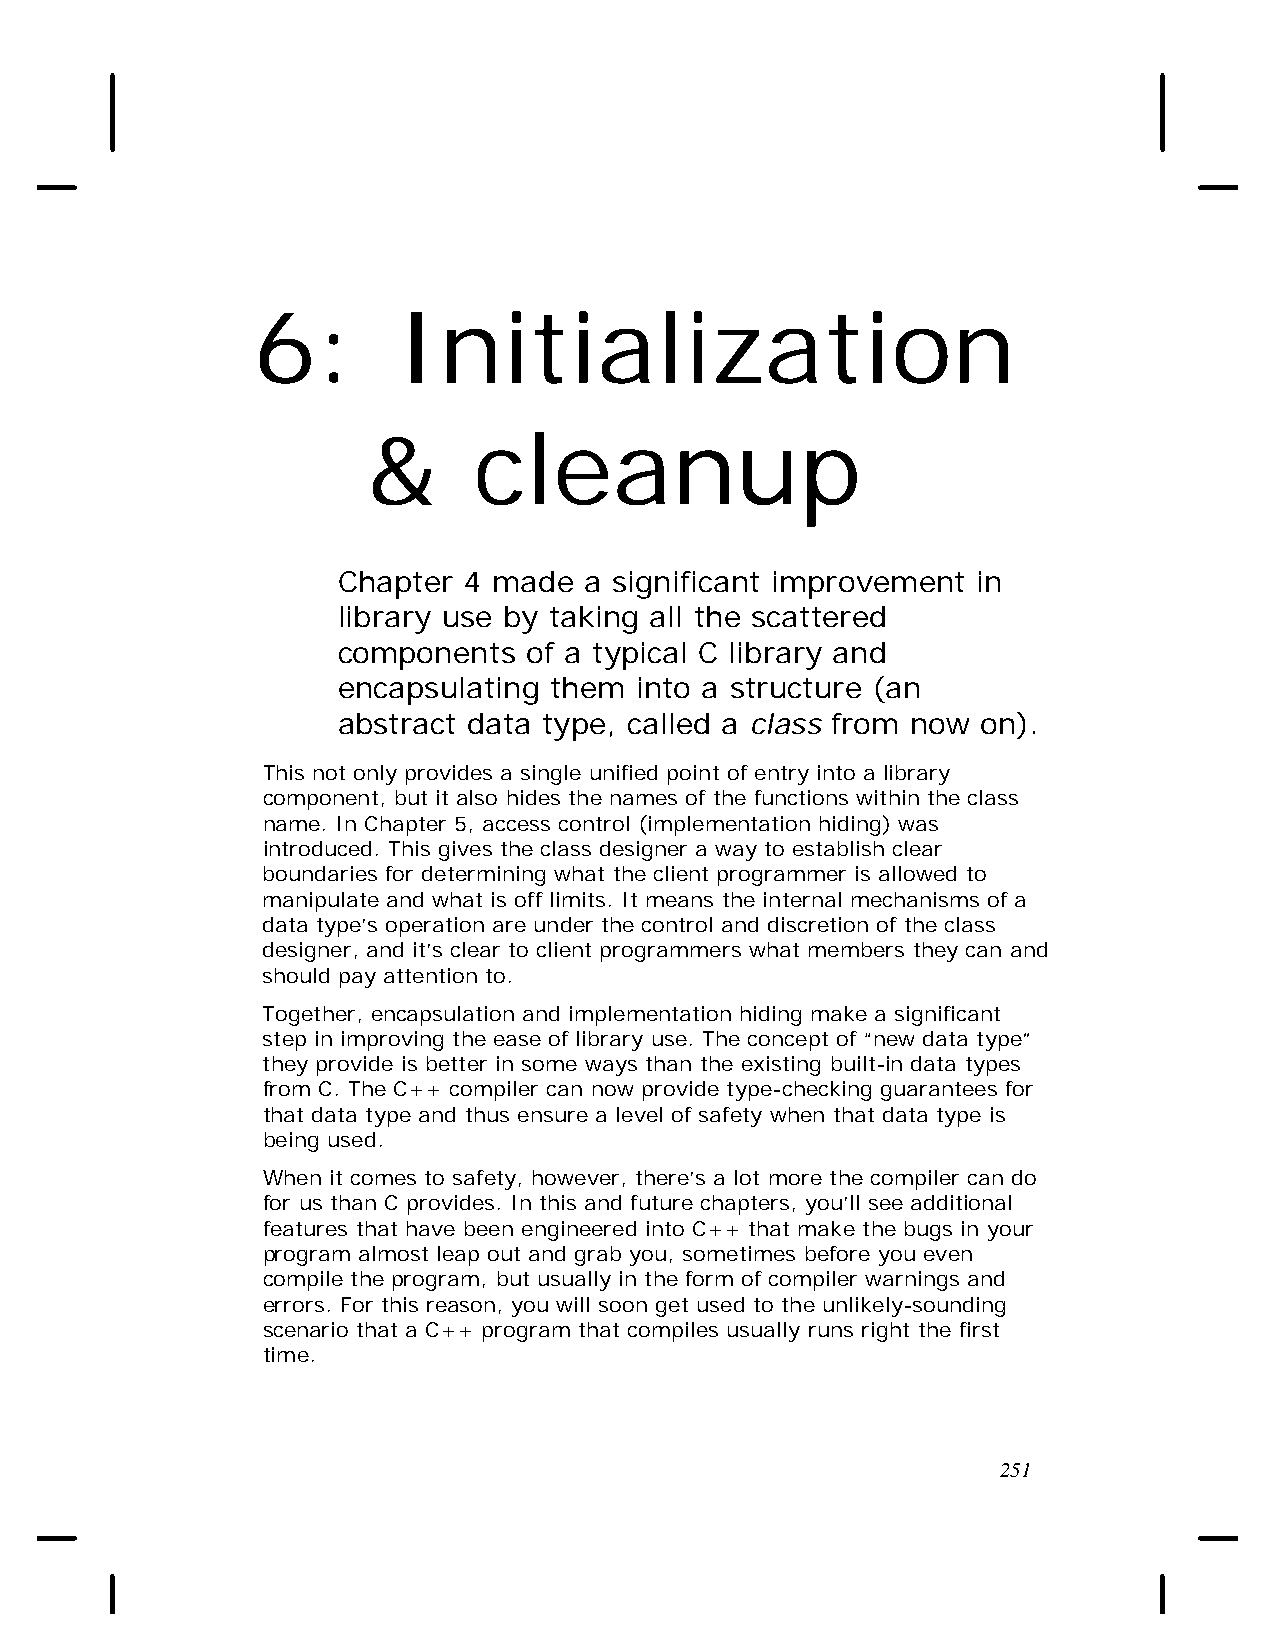
6:       Initialization
 &      cleanup
 Chapter  4 made  a significant improvement in
 library use by taking all the scattered
 components   of a typical C library and
 encapsulating them  into a structure (an
 abstract data type, called a class from now on).
 This not only provides a single unified point of entry into a library
 component, but it also hides the names of the functions within the class
 name. In Chapter 5, access control (implementation hiding) was
 introduced. This gives the class designer a way to establish clear
 boundaries for determining what the client programmer is allowed to
 manipulate and what is off limits. It means the internal mechanisms of a
 data type’s operation are under the control and discretion of the class
 designer, and it’s clear to client programmers what members they can and
 should pay attention to.
 Together, encapsulation and implementation hiding make a significant
 step in improving the ease of library use. The concept of “new data type”
 they provide is better in some ways than the existing built-in data types
 from C. The C++ compiler can now provide type-checking guarantees for
 that data type and thus ensure a level of safety when that data type is
 being used.
 When it comes to safety, however, there’s a lot more the compiler can do
 for us than C provides. In this and future chapters, you’ll see additional
 features that have been engineered into C++ that make the bugs in your
 program almost leap out and grab you, sometimes before you even
 compile the program, but usually in the form of compiler warnings and
 errors. For this reason, you will soon get used to the unlikely-sounding
 scenario that a C++ program that compiles usually runs right the first
 time.
 251